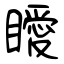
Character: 瞹